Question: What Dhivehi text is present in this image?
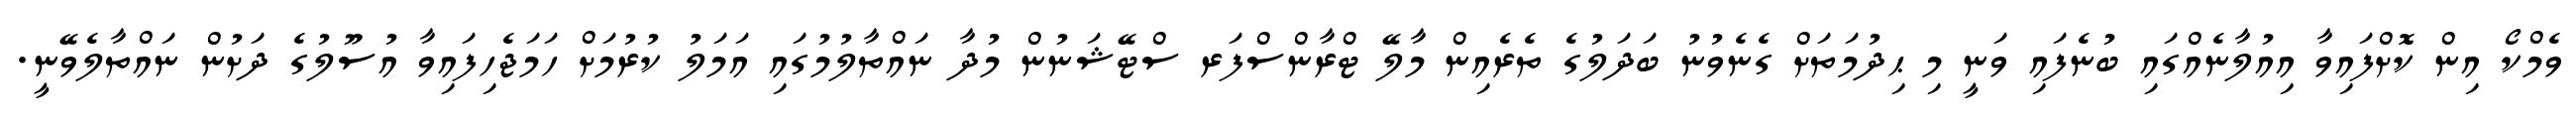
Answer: ވެމްކޯ އިން ކޮށްފައިވާ އިއުލާނެއްގައި ބުނެފައި ވަނީ މި ޙިދުމަތަށް ގެނެވުނު ބަދަލުގެ ތެރެއިން މާލޭ ޓްރާންސްފަރ ސްޓޭޝަނުން މުދާ ނައްތާލުމުގައި އަމަލު ކުރުމަށް ހަމަޖެހިފައިވާ އުސޫލުގެ ދަށުން ނައްތާލެވޭނީ.